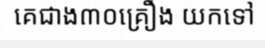
គេជាង៣០គ្រឿង យកទៅ